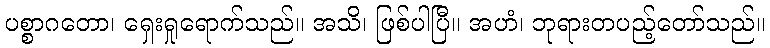
ပစ္စာဂတော၊ ရှေးရှုရောက်သည်။ အသိ၊ ဖြစ်ပါပြီ။ အဟံ၊ ဘုရားတပည့်တော်သည်။